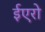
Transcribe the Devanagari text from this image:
ईएरो